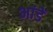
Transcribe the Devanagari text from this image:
भांडें